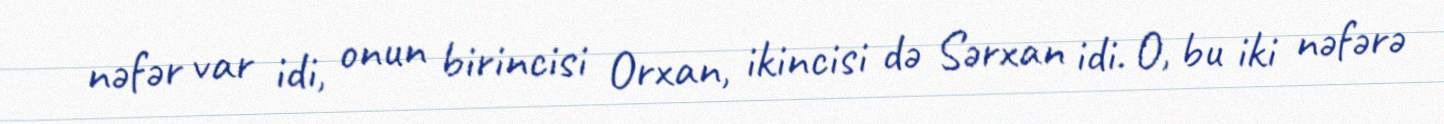
nəfər var idi, onun birincisi Orxan, ikincisi də Sərxan idi. O, bu iki nəfərə